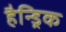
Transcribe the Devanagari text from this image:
हैन्ड्रिक